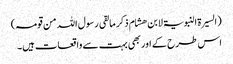
(السیرۃ النبویۃ لابن ھشام ذکر ما لقی رسول اللہ من قومہ)
اس طرح کے اور بھی بہت سے واقعات ہیں۔